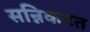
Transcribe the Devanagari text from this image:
सन्निकटत